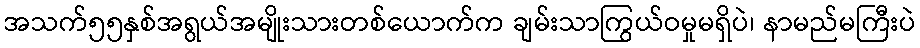
အသက်၅၅နှစ်အရွယ်အမျိုးသားတစ်ယောက်က ချမ်းသာကြွယ်ဝမှုမရှိပဲ၊ နာမည်မကြီးပဲ